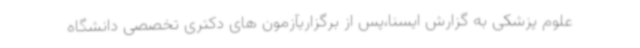
علوم پزشکی به گزارش ایسنا،پس از برگزاریآزمون های دکتری تخصصی دانشگاه